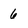
Character: 6